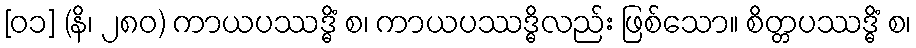
[၀၁] (နိ၊ ၂၈၀) ကာယပဿဒ္ဓိံ စ၊ ကာယပဿဒ္ဓိလည်း ဖြစ်သော။ စိတ္တပဿဒ္ဓိံ စ၊